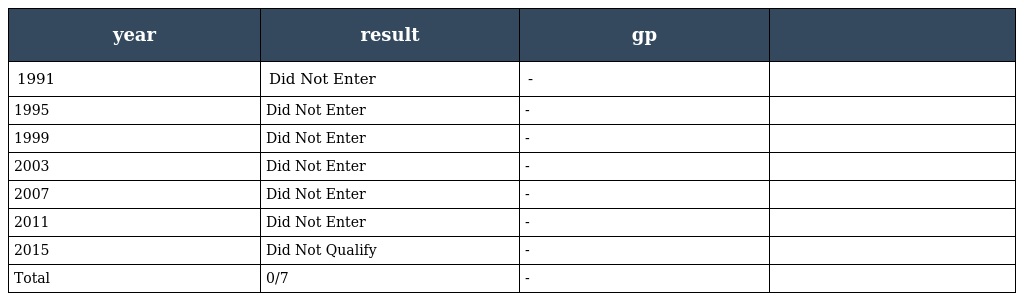
| year | result | gp |  |
 | --- | --- | --- | --- |
 | 1991 | Did Not Enter | - |  |
 | 1995 | Did Not Enter | - |  |
 | 1999 | Did Not Enter | - |  |
 | 2003 | Did Not Enter | - |  |
 | 2007 | Did Not Enter | - |  |
 | 2011 | Did Not Enter | - |  |
 | 2015 | Did Not Qualify | - |  |
 | Total | 0/7 | - |  |